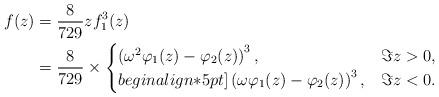
LaTeX: \begin{align*} f(z) & = \frac{8}{729} z f_1^3(z) \\& = \frac{8}{729} \times \begin{cases}\left(\omega^2 \varphi_1(z) - \varphi_2(z) \right)^3,& \Im z > 0, \\begin{align*}5pt]\left(\omega \varphi_1(z) - \varphi_2(z) \right)^3,& \Im z < 0. \end{cases} \end{align*}